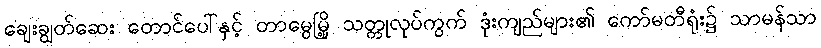
ချေးချွတ်ဆေး တောင်ပေါ်နှင့် တာမွေမြို့ သတ္တုလုပ်ကွက် ဒုံးကျည်များ၏ ကော်မတီရုံး၌ သာမန်သာ